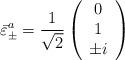
LaTeX: \begin{align*}\bar{\varepsilon}^{a}_\pm = \frac{1}{\sqrt 2} \left( \begin{array}{c}0 \\1 \\\pm i\end{array}\right)\end{align*}